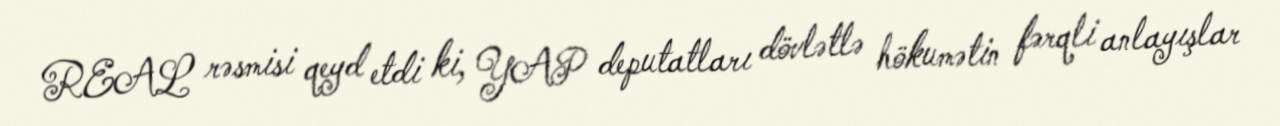
REAL rəsmisi qeyd etdi ki, YAP deputatları dövlətlə hökumətin fərqli anlayışlar